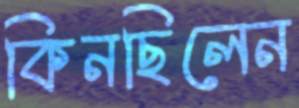
কিনছিলেন